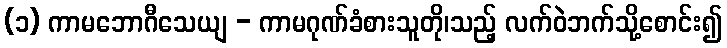
(၁) ကာမဘောဂီသေယျ - ကာမဂုဏ်ခံစားသူတို၊သည့် လက်ဝဲဘက်သို့စောင်း၍